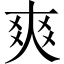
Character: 爽